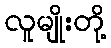
လူမျိုးတို့